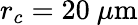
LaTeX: r_{c}=20~\mu\mathrm{m}